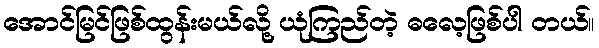
အောင်မြင်ဖြစ်ထွန်းမယ်လို့ ယုံကြည်တဲ့ ဓလေ့ဖြစ်ပါ တယ်။